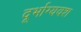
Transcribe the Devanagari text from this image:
दूर्भाग्यवश